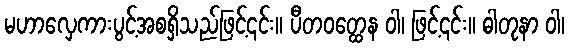
မဟာလှေကားပွင့်အစရှိသည်ဖြင့်၎င်း။ ပီတဝတ္ထေန ဝါ၊ ဖြင့်၎င်း။ ဓါတုနာ ဝါ၊